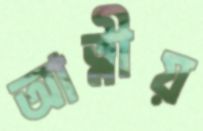
আত্নীয়